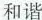
和谐